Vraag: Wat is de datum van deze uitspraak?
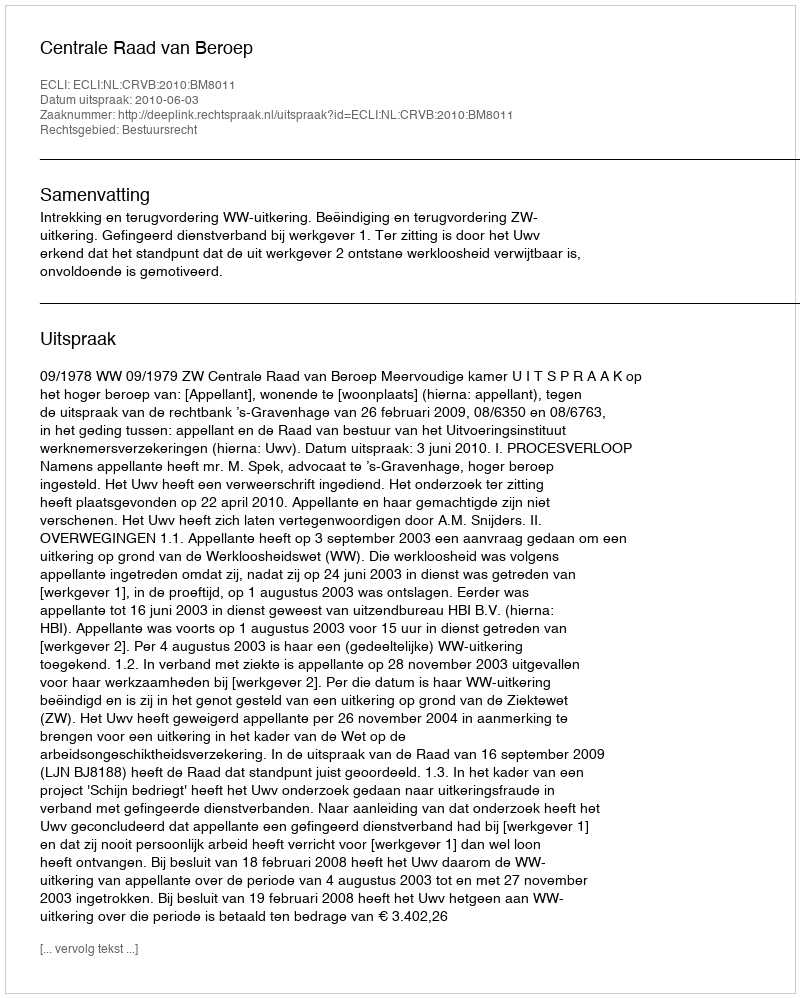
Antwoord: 2010-06-03